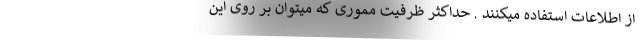
از اطلاعات استفاده میکنند . حداکثر ظرفیت مموری که میتوان بر روی این